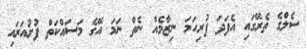
ސެލްގެ ތެރޭގައި އެފަދަ ފުރިހަމަ ނިޒާމެއް ނެތް ނަމަ އޭގެ މަސައްކަތް ފުށުއަރައި